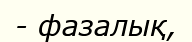
- фазалық,